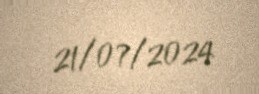
21/07/2024